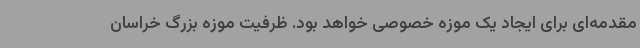
مقدمه‌ای برای ایجاد یک موزه خصوصی خواهد بود. ظرفیت موزه بزرگ خراسان